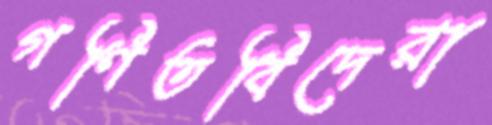
গণিতবিদেরা